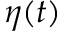
\eta ( t )